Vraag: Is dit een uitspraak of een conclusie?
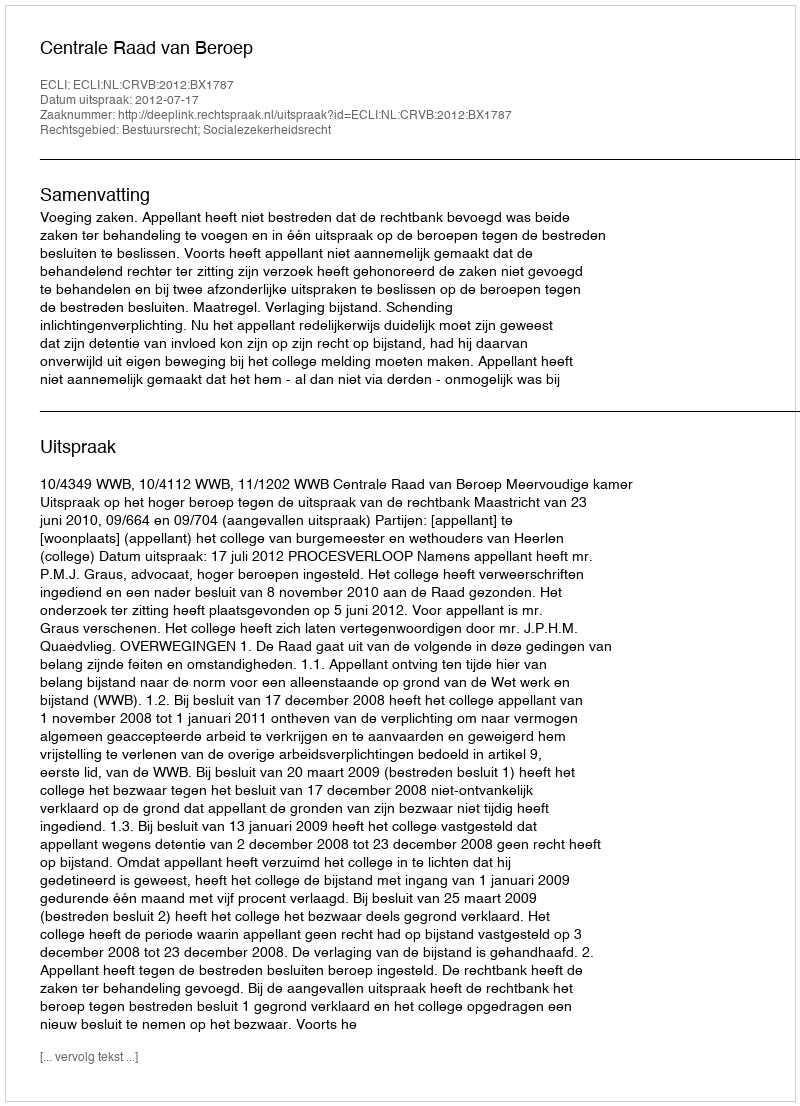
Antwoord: Uitspraak